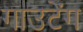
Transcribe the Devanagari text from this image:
गाउटेंग